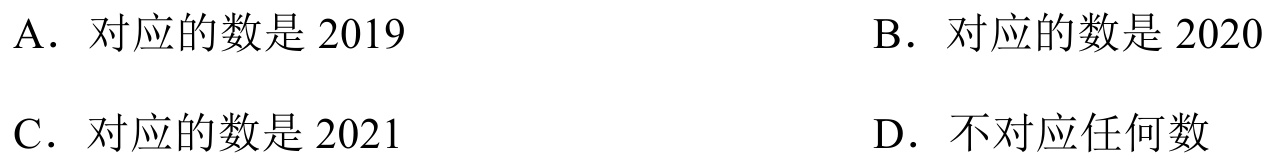
A. 对应的数是 \(2019\)
B. 对应的数是 \(2020\)
C. 对应的数是 \(2021\)
D. 不对应任何数